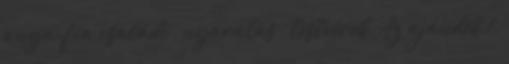
anya-fia családi , nyaralás , testvérek Az ajándék 1.